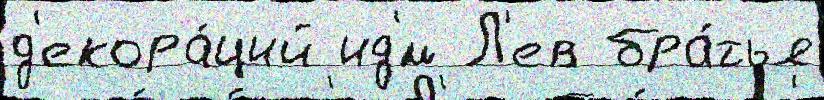
д'екора́ций ид'́м Л'ев бра́тья